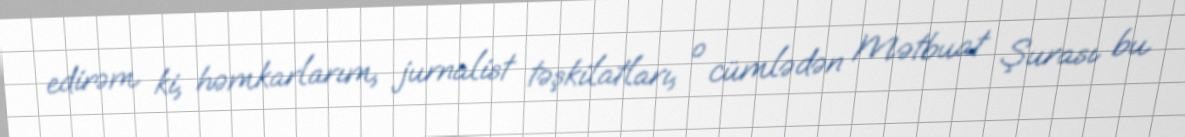
edirəm ki, həmkarlarım, jurnalist təşkilatları, o cümlədən Mətbuat Şurası bu